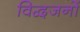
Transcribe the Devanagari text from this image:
विद्वजनों